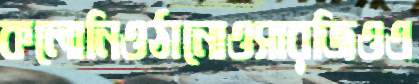
কলোনিওঠানোওসারজিওএ